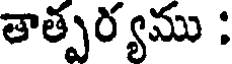
తాత్పర్యము :